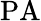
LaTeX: \mathrm{PA}